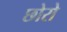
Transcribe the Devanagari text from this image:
छोरो